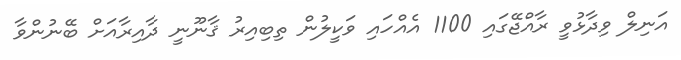
އަނިލް ވިދާޅުވީ ރާއްޖޭގައި 1100 އެއްހައި ވަކީލުން ތިބިއިރު ޤާނޫނީ ދާއިރާއަށް ބޭނުންވާ